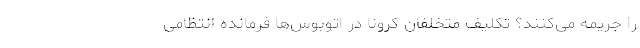
را جریمه می‌کنند؟ تکلیف متخلفان کرونا در اتوبوس‌ها فرمانده انتظامی